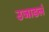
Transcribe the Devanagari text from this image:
उजाडलं